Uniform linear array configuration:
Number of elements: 4
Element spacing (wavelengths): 0.5
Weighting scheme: kaiser
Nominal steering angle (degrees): -45
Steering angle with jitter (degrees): -45.239
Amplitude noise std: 0.05
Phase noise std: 0.05

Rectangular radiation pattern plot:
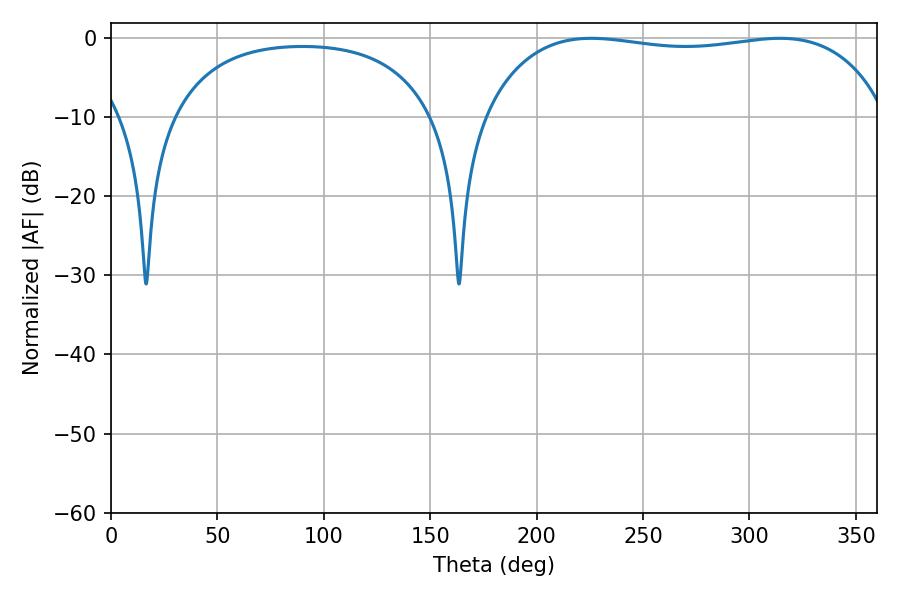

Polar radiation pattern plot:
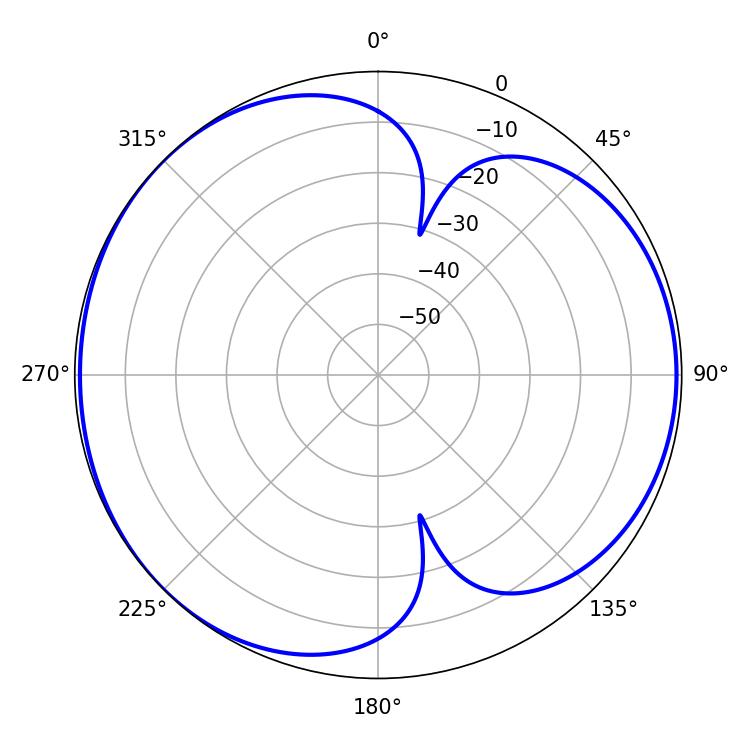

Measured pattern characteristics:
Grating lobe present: FALSE
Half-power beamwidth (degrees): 151.92
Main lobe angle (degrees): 225.72